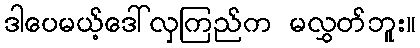
ဒါပေမယ့်ဒေါ်လှကြည်က မလွှတ်ဘူး။